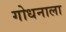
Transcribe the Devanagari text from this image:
गोधनाला